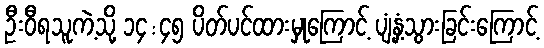
ဦးဝီရသူကဲ့သို့ ၁၄:၄၅ ပိတ်ပင်ထားမှုကြောင့် ပျံ့နှံ့သွားခြင်းကြောင့်